Lunatic asylums in Bengal annual reports 1888-1898 - 1888-1898
Year: 1888
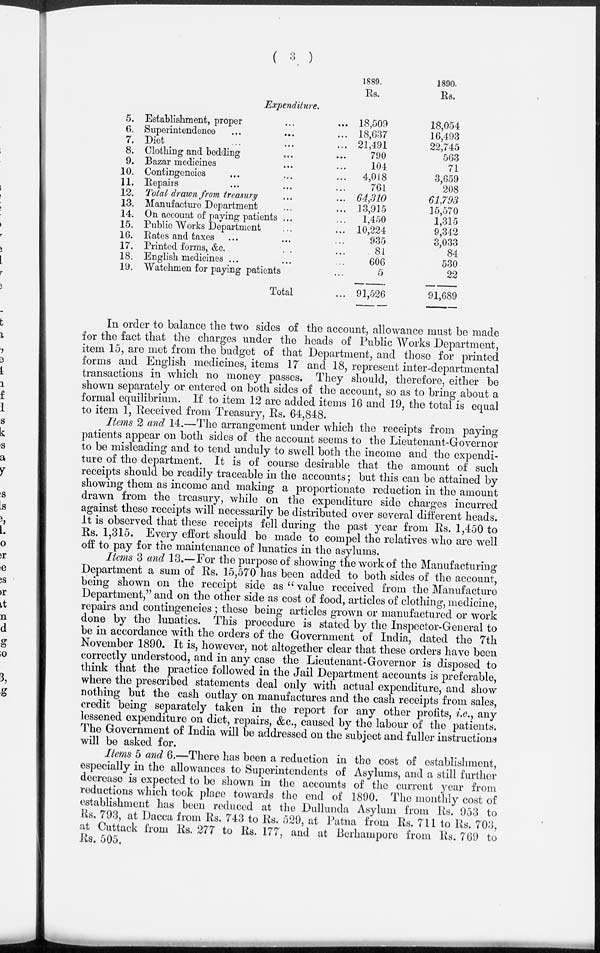
( 3 )
Expenditure.
5.
6.
7.
8.
9.
10.
11.
12.
13.
14.
15.
16.
17.
18.
19.
Establishment, proper ... ...
Superintendence ... ... ...
Diet ... ... ...
Clothing and bedding ... ...
Bazar medicines ... ...
Contingencies ... ... ...
Repairs ... ... ...
Total drawn from treasury ... ...
Manufacture Department ... ...
On account of paying patients ... ...
Public Works Department ... ...
Rates and taxes ... ... ...
Printed forms, &c. ... ...
English medicines ... ... ...
Watchmen for paying patients ...
Total ...
1889.
Rs.
18,509
18,637
21,491
790
104
4,018
761
64,310
13,915
1,450
10,224
935
81
606
5
91,526
1890.
Rs.
18,054
16,493
22,745
563
71
3,659
208
61,793
15,570
1,315
9,342
3,033
84
530
22
91,689
In order to balance the two sides of the account, allowance must be made
for the fact that the charges under the heads of Public Works Department,
item 15, are met from the budget of that Department, and those for printed
forms and English medicines, items 17 and 18, represent inter-departmental
transactions in which no money passes. They should, therefore, either be
shown separately or entered on both sides of the account, so as to bring about a
formal equilibrium. If to item 12 are added items 16 and 19, the total is equal
to item 1, Received from Treasury, Rs. 64,848.
Items 2 and 14.—The arrangement under which the receipts from paying
patients appear on both sides of the account seems to the Lieutenant-Governor
to be misleading and to tend unduly to swell both the income and the expendi-
ture of the department. It is of course desirable that the amount of such
receipts should be readily traceable in the accounts ; but this can be attained by
showing them as income and making a proportionate reduction in the amount
drawn from the treasury, while on the expenditure side charges incurred
against these receipts will necessarily be distributed over several different heads.
It is observed that these receipts fell during the past year from Rs. 1,450 to
Rs. 1,315. Every effort should be made to compel the relatives who are well
off to pay for the maintenance of lunatics in the asylums.
Items 3 and 13.—For the purpose of showing the work of the Manufacturing
Department a sum of Rs. 15,570 has been added to both sides of the account,
being shown on the receipt side as "value received from the Manufacture
Department," and on the other side as cost of food, articles of clothing, medicine,
repairs and contingencies ; these being articles grown or manufactured or work
done by the lunatics. This procedure is stated by the Inspector-General to
be in accordance with the orders of the Government of India, dated the 7th
November 1890. It is, however, not altogether clear that these orders have been
correctly understood, and in any case the Lieutenant-Governor is disposed to
think that the practice followed in the Jail Department accounts is preferable,
where the prescribed statements deal only with actual expenditure, and show
nothing but the cash outlay on manufactures and the cash receipts from sales,
credit being separately taken in the report for any other profits, i.e., any
lessened expenditure on diet, repairs, &c., caused by the labour of the patients.
The Government of India will be addressed on the subject and fuller instructions
will be asked for.
Items 5 and 6.—There has been a reduction in the cost of establishment,
especially in the allowances to Superintendents of Asylums, and a still further
decrease is expected to be shown in the accounts of the current year from
reductions which took place towards the end of 1890. The monthly cost of
establishment has been reduced at the Dullunda Asylum from Rs. 953 to
Rs. 793, at Dacca from Rs. 743 to Rs. 529, at Patna from Rs. 711 to Rs. 703,
at Cuttack from Rs. 277 to Rs. 177, and at Berhampore from Rs. 769 to
Rs. 505.